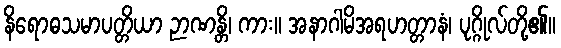
နိရောဓသမာပတ္တိယာ ဉာဏန္တိ၊ ကား။ အနာဂါမိအရဟတ္တာနံ၊ ပုဂ္ဂိုလ်တို့၏။